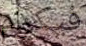
فيكرام